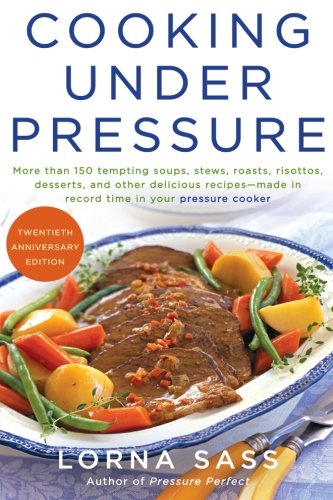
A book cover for Cooking Under Pressure (20th Anniversary Edition); Lorna J. Sass; Cookbooks, Food & Wine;